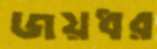
জয়ধর